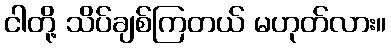
ငါတို့ သိပ်ချစ်ကြတယ် မဟုတ်လား။